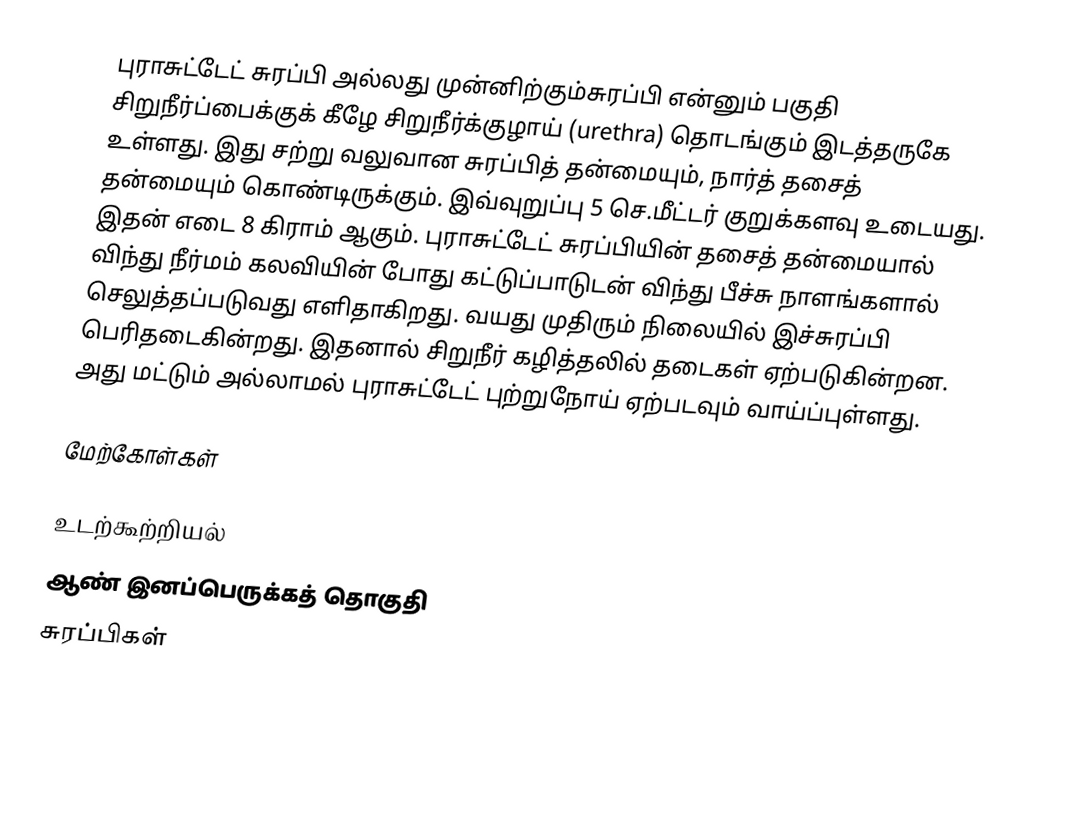
புராசுட்டேட் சுரப்பி அல்லது முன்னிற்கும்சுரப்பி  என்னும் பகுதி சிறுநீர்ப்பைக்குக் கீழே சிறுநீர்க்குழாய் (urethra) தொடங்கும் இடத்தருகே உள்ளது. இது சற்று வலுவான சுரப்பித் தன்மையும், நார்த் தசைத் தன்மையும் கொண்டிருக்கும். இவ்வுறுப்பு 5 செ.மீட்டர் குறுக்களவு உடையது. இதன் எடை 8 கிராம் ஆகும். புராசுட்டேட் சுரப்பியின் தசைத் தன்மையால் விந்து நீர்மம் கலவியின் போது கட்டுப்பாடுடன் விந்து பீச்சு நாளங்களால் செலுத்தப்படுவது எளிதாகிறது. வயது முதிரும் நிலையில் இச்சுரப்பி பெரிதடைகின்றது. இதனால் சிறுநீர் கழித்தலில் தடைகள் ஏற்படுகின்றன. அது மட்டும் அல்லாமல் புராசுட்டேட் புற்றுநோய் ஏற்படவும் வாய்ப்புள்ளது.

மேற்கோள்கள்

உடற்கூற்றியல்
ஆண் இனப்பெருக்கத் தொகுதி
சுரப்பிகள்